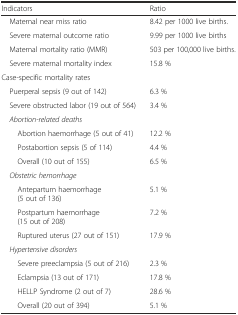
<table><thead><tr><td><b>Indicators</b></td><td><b>Ratio</b></td></tr></thead><tbody><tr><td> Maternal near miss ratio</td><td>8.42 per 1000 live births.</td></tr><tr><td> Severe maternal outcome ratio</td><td>9.99 per 1000 live births</td></tr><tr><td> Maternal mortality ratio (MMR)</td><td>503 per 100,000 live births.</td></tr><tr><td> Severe maternal mortality index</td><td>15.8 %</td></tr><tr><td>Case-specific mortality rates</td><td></td></tr><tr><td> Puerperal sepsis (9 out of 142)</td><td>6.3 %</td></tr><tr><td> Severe obstructed labor (19 out of 564)</td><td>3.4 %</td></tr><tr><td> <i>Abortion-related deaths</i></td><td></td></tr><tr><td>Abortion haemorrhage (5 out of 41)</td><td>12.2 %</td></tr><tr><td>Postabortion sepsis (5 of 114)</td><td>4.4 %</td></tr><tr><td>Overall (10 out of 155)</td><td>6.5 %</td></tr><tr><td> <i>Obstetric hemorrhage</i></td><td></td></tr><tr><td>Antepartum haemorrhage (5 out of 136)</td><td>5.1 %</td></tr><tr><td>Postpartum haemorrhage (15 out of 208)</td><td>7.2 %</td></tr><tr><td>Ruptured uterus (27 out of 151)</td><td>17.9 %</td></tr><tr><td> <i>Hypertensive disorders</i></td><td></td></tr><tr><td>Severe preeclampsia (5 out of 216)</td><td>2.3 %</td></tr><tr><td>Eclampsia (13 out of 171)</td><td>17.8 %</td></tr><tr><td>HELLP Syndrome (2 out of 7)</td><td>28.6 %</td></tr><tr><td>Overall (20 out of 394)</td><td>5.1 %</td></tr></tbody></table>